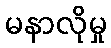
မနာလိုမှု